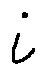
i